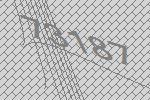
73187